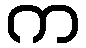
က